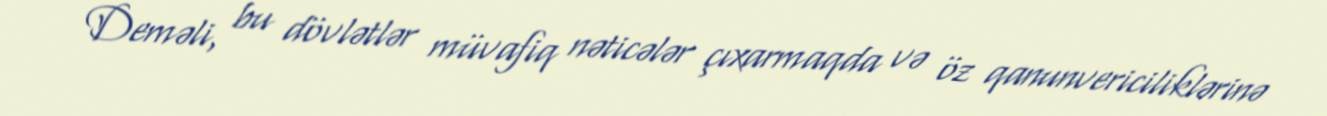
Deməli, bu dövlətlər müvafiq nəticələr çıxarmaqda və öz qanunvericiliklərinə